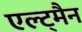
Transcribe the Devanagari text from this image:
एल्ट्मैन